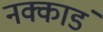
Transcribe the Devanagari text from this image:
नक्काडं